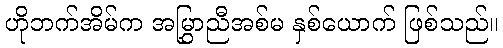
ဟိုဘက်အိမ်က အမြွှာညီအစ်မ နှစ်ယောက် ဖြစ်သည်။